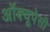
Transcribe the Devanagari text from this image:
अॉक्यूपेसी